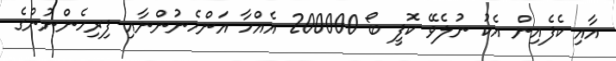
އާއި ކެފެއިން އެކު ނުލެވޭ ކޮފީ ބޯ 200000 އެއްހާ އަންހެނުންނާއި ފިރިހެންނުންގެ